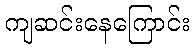
ကျဆင်းနေကြောင်း